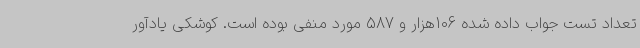
تعداد تست جواب داده شده 106هزار و 587 مورد منفی بوده است. کوشکی یادآور